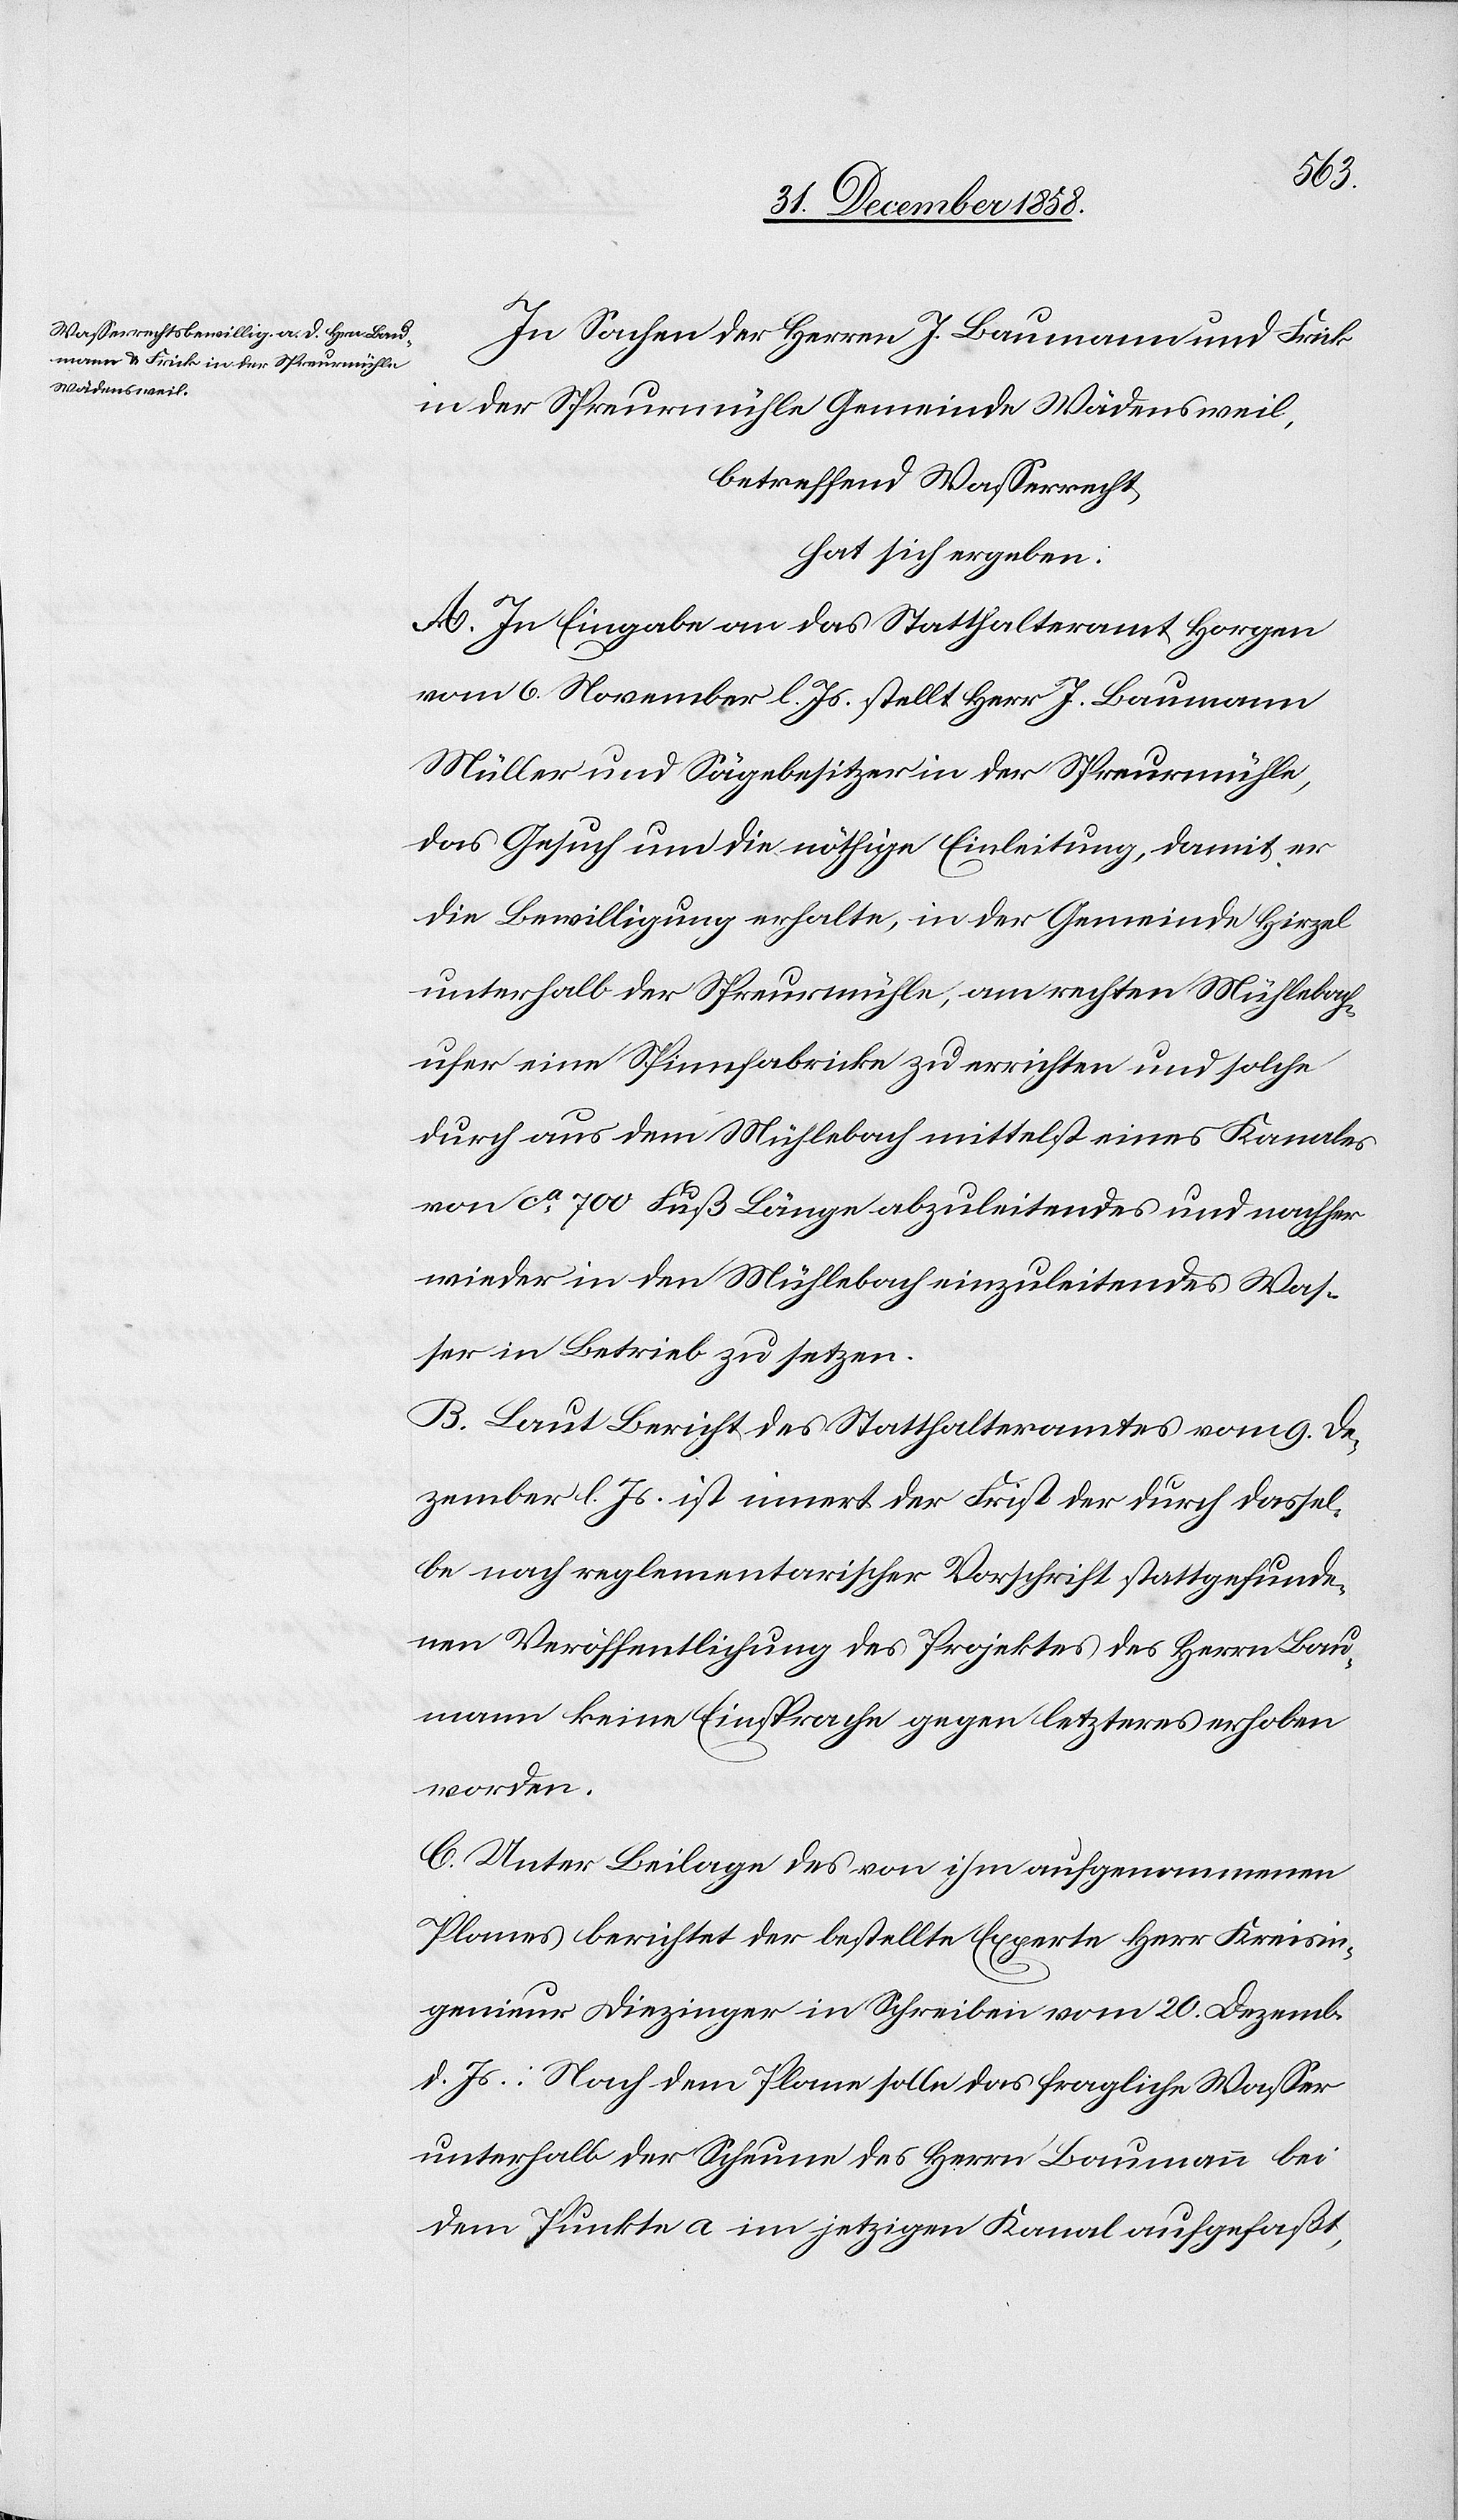
In Sachen der Herren J. Baumann und Frick
in der Spreurmühle Gemeinde Wädensweil,
betreffend Wasserrecht,
hat sich ergeben:
A. In Eingabe an das Statthalteramt Horgen
vom 6. November l. Js. stellt Herr J. Baumann
Müller und Sägebesitzer in der Spreurmühle,
das Gesuch um die nöthige Einleitung, damit er
die Bewilligung erhalte, in der Gemeinde Hirzel
unterhalb der Spreurmühle, am rechten Mühlebach¬
ufer eine Spinnfabricke zu errichten und solche
durch aus dem Mühlebach mittelst eines Kanales
von ca 700 Fuß Länge abzuleitendes und nachher
wieder in den Mühlebach einzuleitendes Was¬
ser in Betrieb zu setzen.
B. Laut Bericht des Statthalteramtes vom 9. De¬
zember l. Js. ist innert der Frist der durch dassel¬
be nach reglementarischer Vorschrift stattgefunde¬
nen Veröffentlichung des Projektes des Herrn Bau¬
mann keine Einsprache gegen letzteres erhoben
worden.
C. Unter Beilage des von ihm aufgenommenen
Planes berichtet der bestellte Experte Herr Kreisin¬
genieur Diezinger in Schreiben vom 20. Dezemb.
d. Js.: Nach dem Plane solle das fragliche Wasser
unterhalb der Scheune des Herrn Baumann bei
dem Punkte a im jetzigen Kanal aufgefaßt,